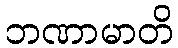
ဘဏာမာတိ